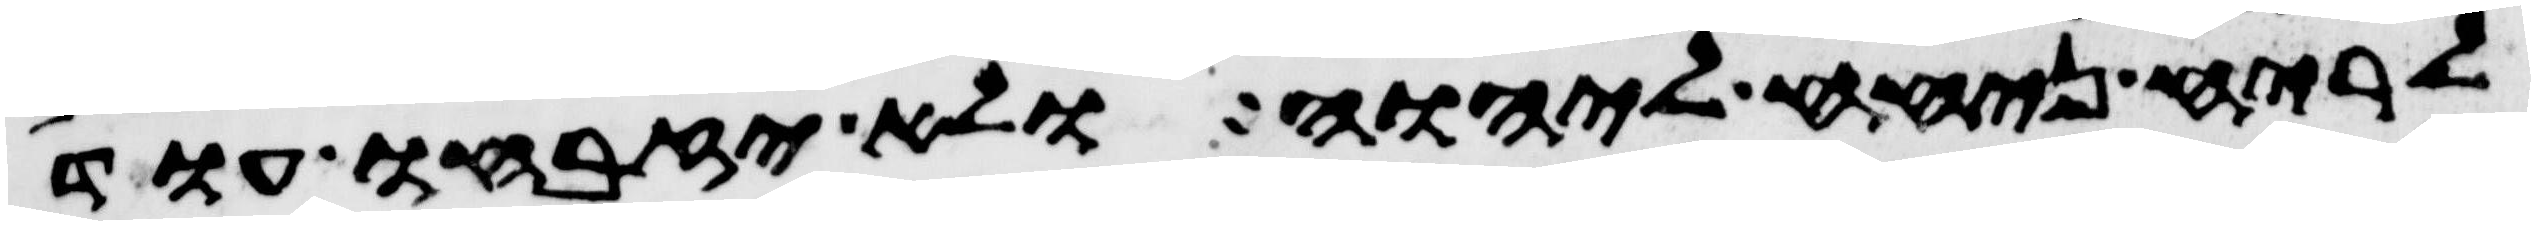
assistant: לריח ניחח ליהוה ולא יזבחו עוד